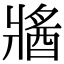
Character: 𤖕